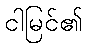
ငါမြင်၏